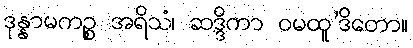
ဒုန္နာမကဉ္စ အရိသံ၊ ဆဒ္ဒိကာ ဝမထူ’ဒိတော။